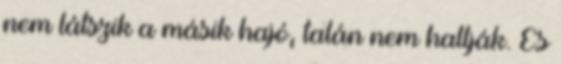
nem látszik a másik hajó, talán nem hallják. És